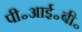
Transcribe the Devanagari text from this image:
पी॰आई॰बी॰